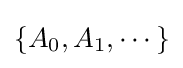
\left\{A_{0},A_{1},\cdots \right\}